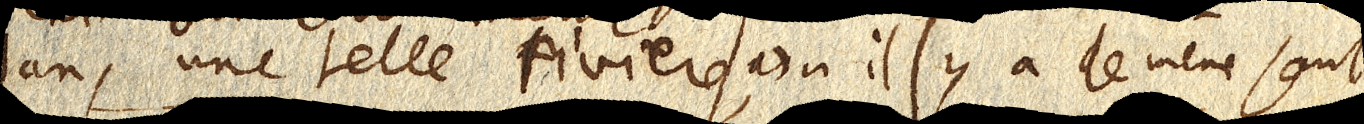
dans une telle riviere, où il y a le même saut